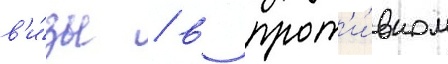
в'и́зы / в прот'и́вном